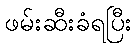
ဖမ်းဆီးခံရပြီး